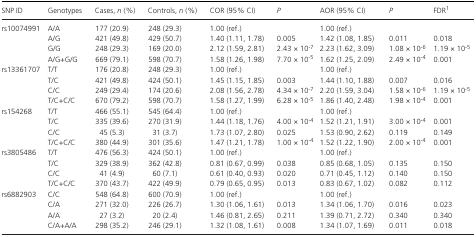
<table><thead><tr><td><b>SNP ID</b></td><td><b>Genotypes</b></td><td><b>Cases, <i>n</i> (%)</b></td><td><b>Controls, <i>n</i> (%)</b></td><td><b>COR (95% CI)</b></td><td><b><i>P</i></b></td><td><b>AOR (95% CI)</b></td><td><b><i>P</i></b></td><td><b>FDRa</b></td></tr></thead><tbody><tr><td rowspan="4">rs10074991</td><td>A/A</td><td>177 (20.9)</td><td>248 (29.3)</td><td>1.00 (ref.)</td><td>[EMPTY_CELL]</td><td>1.00 (ref.)</td><td>[EMPTY_CELL]</td><td>[EMPTY_CELL]</td></tr><tr><td>A/G</td><td>421 (49.8)</td><td>429 (50.7)</td><td>1.40 (1.11, 1.78)</td><td>0.005</td><td>1.42 (1.08, 1.85)</td><td>0.011</td><td>0.018</td></tr><tr><td>G/G</td><td>248 (29.3)</td><td>169 (20.0)</td><td>2.12 (1.59, 2.81)</td><td>2.43 × 10<sup>‐7</sup></td><td>2.23 (1.62, 3.09)</td><td>1.08 × 10<sup>‐6</sup></td><td>1.19 × 10<sup>‐5</sup></td></tr><tr><td>A/G+G/G</td><td>669 (79.1)</td><td>598 (70.7)</td><td>1.58 (1.26, 1.98)</td><td>7.70 × 10<sup>‐5</sup></td><td>1.62 (1.25, 2.09)</td><td>2.49 × 10<sup>‐4</sup></td><td>0.001</td></tr><tr><td rowspan="4">rs13361707</td><td>T/T</td><td>176 (20.8)</td><td>248 (29.3)</td><td>1.00 (ref.)</td><td>[EMPTY_CELL]</td><td>1.00 (ref.)</td><td>[EMPTY_CELL]</td><td>[EMPTY_CELL]</td></tr><tr><td>T/C</td><td>421 (49.8)</td><td>424 (50.1)</td><td>1.45 (1.15, 1.85)</td><td>0.003</td><td>1.44 (1.10, 1.88)</td><td>0.007</td><td>0.016</td></tr><tr><td>C/C</td><td>249 (29.4)</td><td>174 (20.6)</td><td>2.08 (1.56, 2.78)</td><td>4.34 × 10<sup>‐7</sup></td><td>2.20 (1.59, 3.04)</td><td>1.58 × 10<sup>‐6</sup></td><td>1.19 × 10<sup>‐5</sup></td></tr><tr><td>T/C+C/C</td><td>670 (79.2)</td><td>598 (70.7)</td><td>1.58 (1.27, 1.99)</td><td>6.28 × 10<sup>‐5</sup></td><td>1.86 (1.40, 2.48)</td><td>1.98 × 10<sup>‐4</sup></td><td>0.001</td></tr><tr><td rowspan="4">rs154268</td><td>T/T</td><td>466 (55.1)</td><td>545 (64.4)</td><td>1.00 (ref.)</td><td>[EMPTY_CELL]</td><td>1.00 (ref.)</td><td>[EMPTY_CELL]</td><td>[EMPTY_CELL]</td></tr><tr><td>T/C</td><td>335 (39.6)</td><td>270 (31.9)</td><td>1.44 (1.18, 1.76)</td><td>4.00 × 10<sup>‐4</sup></td><td>1.52 (1.21, 1.91)</td><td>3.00 × 10<sup>‐4</sup></td><td>0.001</td></tr><tr><td>C/C</td><td>45 (5.3)</td><td>31 (3.7)</td><td>1.73 (1.07, 2.80)</td><td>0.025</td><td>1.53 (0.90, 2.62)</td><td>0.119</td><td>0.149</td></tr><tr><td>T/C+C/C</td><td>380 (44.9)</td><td>301 (35.6)</td><td>1.47 (1.21, 1.78)</td><td>1.00 × 10<sup>‐4</sup></td><td>1.52 (1.22, 1.90)</td><td>2.00 × 10<sup>‐4</sup></td><td>0.001</td></tr><tr><td rowspan="4">rs3805486</td><td>T/T</td><td>476 (56.3)</td><td>424 (50.1)</td><td>1.00 (ref.)</td><td>[EMPTY_CELL]</td><td>1.00 (ref.)</td><td>[EMPTY_CELL]</td><td>[EMPTY_CELL]</td></tr><tr><td>T/C</td><td>329 (38.9)</td><td>362 (42.8)</td><td>0.81 (0.67, 0.99)</td><td>0.038</td><td>0.85 (0.68, 1.05)</td><td>0.135</td><td>0.150</td></tr><tr><td>C/C</td><td>41 (4.9)</td><td>60 (7.1)</td><td>0.61 (0.40, 0.93)</td><td>0.020</td><td>0.71 (0.45, 1.12)</td><td>0.140</td><td>0.150</td></tr><tr><td>T/C+C/C</td><td>370 (43.7)</td><td>422 (49.9)</td><td>0.79 (0.65, 0.95)</td><td>0.013</td><td>0.83 (0.67, 1.02)</td><td>0.082</td><td>0.112</td></tr><tr><td rowspan="4">rs6882903</td><td>C/C</td><td>548 (64.8)</td><td>600 (70.9)</td><td>1.00 (ref.)</td><td>[EMPTY_CELL]</td><td>1.00 (ref.)</td><td>[EMPTY_CELL]</td><td>[EMPTY_CELL]</td></tr><tr><td>C/A</td><td>271 (32.0)</td><td>226 (26.7)</td><td>1.30 (1.06, 1.61)</td><td>0.013</td><td>1.34 (1.06, 1.70)</td><td>0.016</td><td>0.023</td></tr><tr><td>A/A</td><td>27 (3.2)</td><td>20 (2.4)</td><td>1.46 (0.81, 2.65)</td><td>0.211</td><td>1.39 (0.71, 2.72)</td><td>0.340</td><td>0.340</td></tr><tr><td>C/A+A/A</td><td>298 (35.2)</td><td>246 (29.1)</td><td>1.32 (1.08, 1.61)</td><td>0.008</td><td>1.34 (1.07, 1.69)</td><td>0.011</td><td>0.018</td></tr></tbody></table>